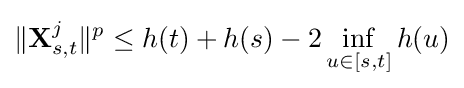
\Vert \mathbf {X} _{s,t}^{j}\Vert ^{p}\leq h(t)+h(s)-2\inf _{u\in [s,t]}h(u)